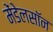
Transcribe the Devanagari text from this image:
मेंडेलसॉन